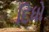
દિધો